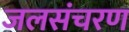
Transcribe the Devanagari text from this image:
जलसंचरण